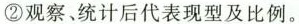
② 观察、统计后代表现型及比例。